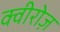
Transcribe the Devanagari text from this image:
क्वीरोज़